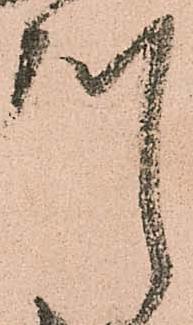
川